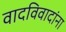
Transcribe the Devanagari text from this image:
वादविवादांना